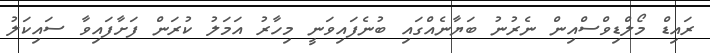
ރައިޑް މޯލްޑިވްސްއިން ނެރުނު ބަޔާނެއްގައި ބުނެފައިވަނީ މިހާރު އަމަލު ކުރަން ފަށާފައިވާ ސައިކަލު